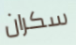
سكران